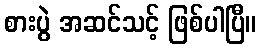
စားပွဲ အဆင်သင့် ဖြစ်ပါပြီ။